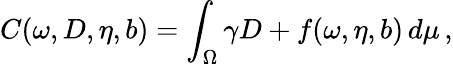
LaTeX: C(\omega,D,\eta,b)=\int_{\Omega}\gamma D+f(\omega,\eta,b)\, d\mu\, ,